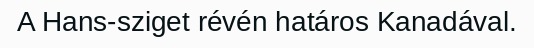
A Hans-sziget révén határos Kanadával.